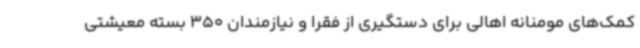
کمک‌های مومنانه اهالی برای دستگیری از فقرا و نیازمندان 350 بسته معیشتی